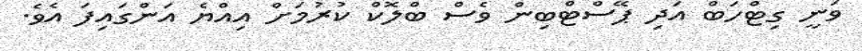
ވަނީ ގިޓްހަބް އަދި ޕޭސްޓްބިން ވެސް ބްލޮކް ކުރުމަށް އިއްޔެ އަންގައިފަ އެވެ.